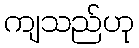
ကျသည်ဟု